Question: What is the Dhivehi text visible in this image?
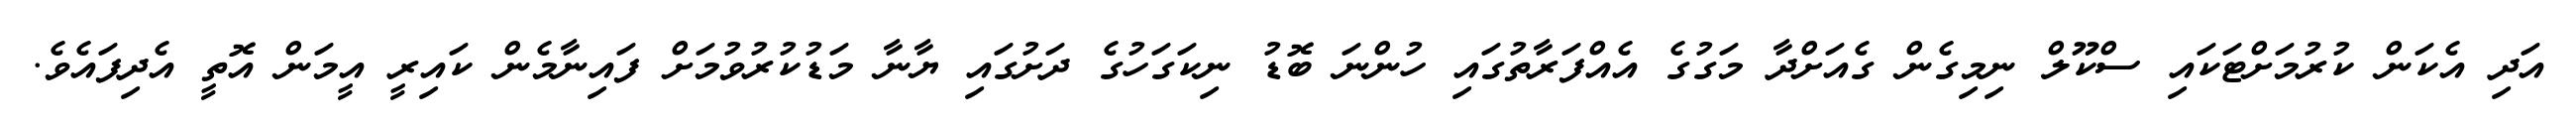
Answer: އަދި އެކަން ކުރުމަށްޓަކައި ސްކޫލް ނިމިގެން ގެއަށްދާ މަގުގެ އެއްފަރާތުގައި ހުންނަ ބޮޑު ނިކަގަހުގެ ދަށުގައި ޔާނާ މަޑުކުރުވުމަށް ފައިނާމެން ކައިރީ އީމަން އޮތީ އެދިފައެވެ.